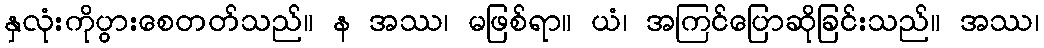
နှလုံးကိုပွားစေတတ်သည်။ န အဿ၊ မဖြစ်ရာ။ ယံ၊ အကြင်ပြောဆိုခြင်းသည်။ အဿ၊